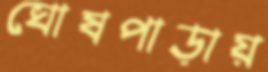
ঘোষপাড়ায়